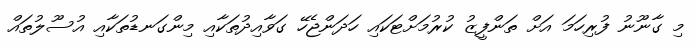
މި ގާނޫނު ފުރިހަމަ އަށް ތަންފީޒު ކުރުމަށްޓަކައި ހަދަންޖެހޭ ގަވާއިދުތަކާއި މިންގަނޑުތަކާއި އުސޫލުތައް